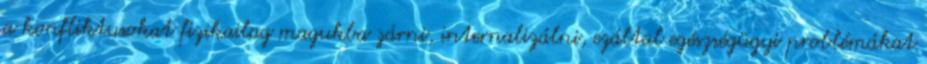
a konfliktusokat fizikailag magukba zárni, internalizálni, ezáltal egészségügyi problémákat